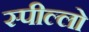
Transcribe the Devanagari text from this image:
स्पील्लो